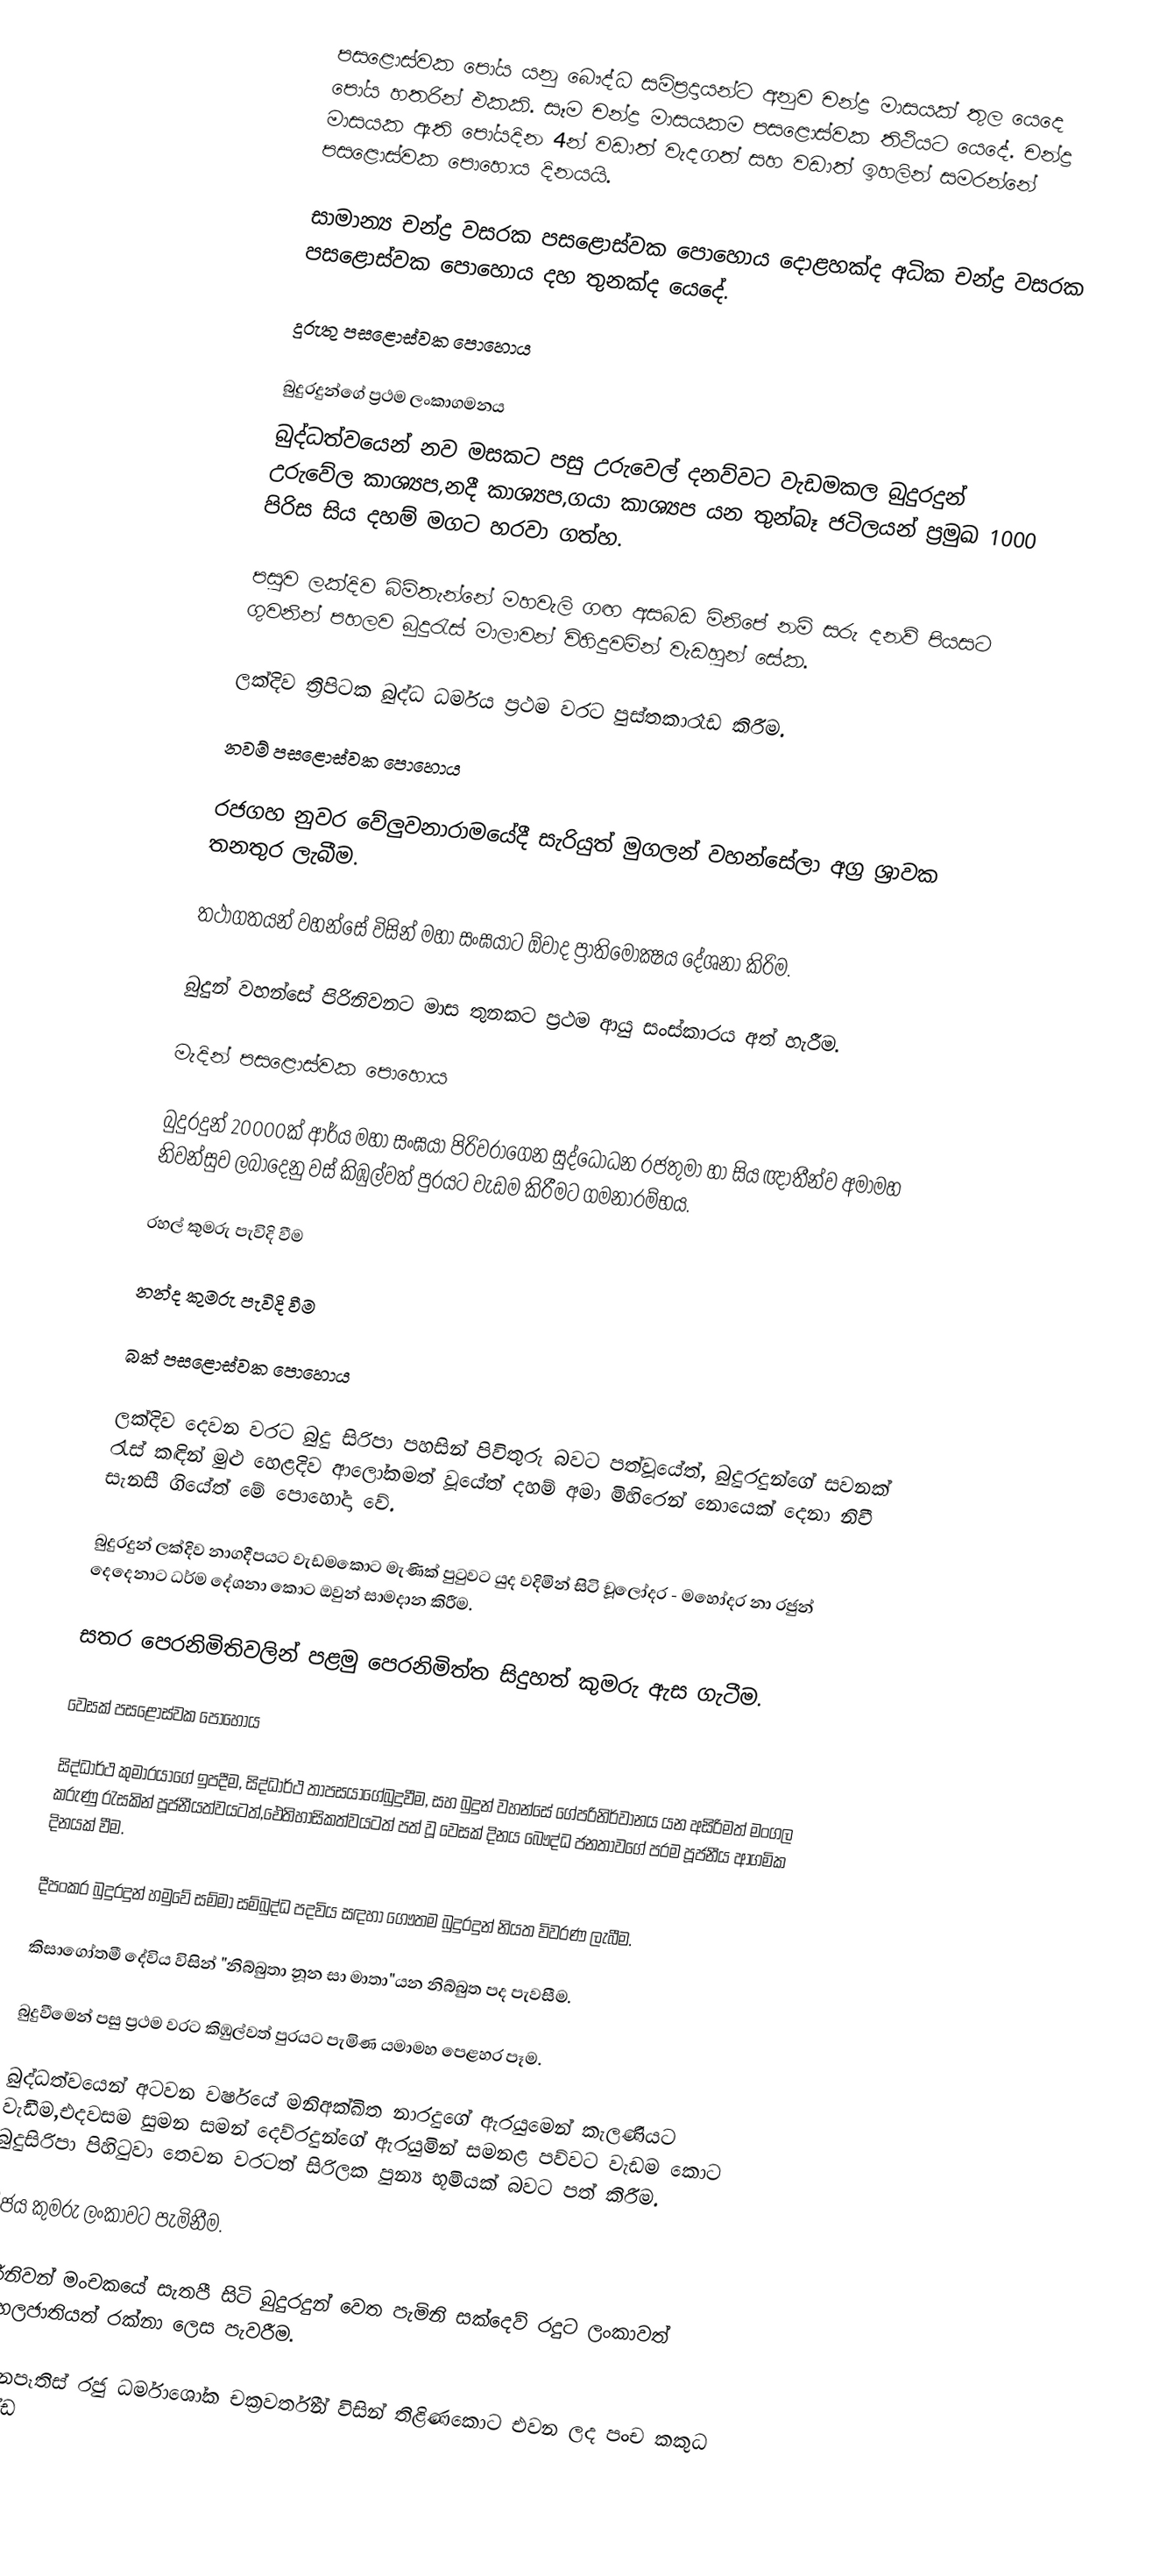
පසළොස්වක පෝය යනු බෞද්ධ සමිප්‍රදායන්ට අනුව චන්ද්‍ර මාසයක් තුල යෙදෙ පෝය හතරින් එකකි. සෑම චන්ද්‍ර මාසයකම පසළොස්වක තිථියට යෙදේ. චන්ද්‍ර මාසයක ඇති පෝයදින 4න් වඩාත් වැදගත් සහ වඩාත් ඉහලින් සමරන්නේ පසළොස්වක පොහොය දිනයයි.

සාමාන්‍ය චන්ද්‍ර වසරක පසළොස්වක පොහොය දොළහක්ද අධික චන්ද්‍ර වසරක පසළොස්වක පොහොය දහ තුනක්ද යෙදේ.

දුරුතු පසළොස්වක පොහොය

බුදුරදුන්ගේ ප්‍රථම ලංකාගමනය
බුද්ධත්වයෙන් නව මසකට පසු උරුවෙල් දනව්වට වැඩමකල බුදුරදුන් උරුවේල කාශ්‍යප,නදී කාශ්‍යප,ගයා කාශ්‍යප යන තුන්බෑ ජටිලයන් ප්‍රමුඛ 1000 පිරිස සිය දහම් මගට හරවා ගත්හ.

පසුව ලක්දිව බිම්තැන්නේ මහවැලි ගඟ අසබඩ මිනිපේ නම් සරු දනව් පියසට ගුවනින් පහලව බුදුරැස් මාලාවන් විහිදුවමින්                  වැඩහුන්  සේක.

ලක්දිව ත්‍රිපිටක බුද්ධ ධර්මය ප්‍රථම වරට පුස්තකාරෑඩ කිරීම.

නවම් පසළොස්වක පොහොය

රජගහ නුවර වේලුවනාරාමයේදී සැරියුත් මුගලන් වහන්සේලා අග්‍ර ශ්‍රාවක තනතුර ලැබීම.

තථාගතයන් වහන්සේ විසින් මහා සංඝයාට ඕවාද ප්‍රාතිමෝක්‍ෂය දේශනා කිරිම.

බුදුන් වහන්සේ පිරිනිවනට මාස තුනකට ප්‍රථම ආයු සංස්කාරය අත් හැරීම.

මැදින් පසළොස්වක පොහොය

බුදුරදුන් 20000ක් ආර්ය මහා සංඝයා පිරිවරාගෙන සුද්ධෝධන රජතුමා හා සිය ඥාතීන්ව අමාමහ නිවන්සුව ලබාදෙනු වස් කිඹුල්වත් පුරයට වැඩම කිරීමට ගමනාරම්භය.

රහල් කුමරු පැවිදි වීම

නන්ද කුමරු පැවිදි වීම

බක් පසළොස්වක පොහොය

ලක්දිව දෙවන වරට බුදු සිරිපා පහසින් පිවිතුරු බවට පත්වූයේත්, බුදුරදුන්ගේ සවනක් රැස් කඳින් මුළු හෙළදිව ආලෝකමත් වූයේත් දහම් අමා මිහිරෙන් නොයෙක් දෙනා නිවී සැනසී ගියේත් මේ පොහෝදා වේ.

බුදුරදුන් ලක්දිව නාගදීපයට වැඩමකොට මැණික් පුටුවට යුද වදිමින් සිටි චූ⁣ලෝදර - මහෝදර නා රජුන් දෙදෙනාට ධර්ම දේශනා කොට ඔවුන් සාමදාන කිරීම.

සතර පෙරනිමිතිවලින් පළමු පෙරනිමිත්ත සිදුහත් කුමරු ඇස ගැටීම.

වෙසක් පසළොස්වක පොහොය

 සිද්ධාර්ථ කුමාරයාගේ ඉපදීම, සිද්ධාර්ථ තාපසයාගේබුදුවීම, සහ බුදුන් වහන්සේ ගේපරිනිර්වානය යන අසිරිමත් මංගල කරුණු රැසකින් පූජනීයත්වයටත්,ඓතිහාසිකත්වයටත් පත් වූ වෙසක් දිනය බෞද්ධ ජනතාවගේ පරම පූජනීය ආගමික දිනයක් වීම.

දීපංකර බුදුරදුන් හමුවේ සම්මා සම්බුද්ධ පදවිය සඳහා ගෞතම බුදුරදුන් නියත විවරණ ලැබීම.

කිසාගෝතමී දේවිය විසින් "නිබ්බුතා නූන සා මාතා"යන නිබ්බුත පද පැවසීම.

බුදුවීමෙන් පසු ප්‍රථම වරට කිඹුල්වත් පුරයට පැමිණ යමාමහ පෙළහර පෑම.

බුද්ධත්වයෙන් අටවන වර්ෂයේ මනිඅක්ඛිත නාරදුගේ ඇරයුමෙන් කැලණියට වැඩීම,එදවසම සුමන සමන් දෙව්රදුන්ගේ ඇරයුමින් සමනළ පව්වට වැඩම කොට බුදුසිරිපා පිහිටුවා තෙවන වරටත් සිරිලක පුන්‍ය භූමියක් බවට පත් කිරීම.

විජය කුමරු ලංකාවට පැමිනීම.

පිරිනිවන් මංචකයේ සැතපී සිටි බුදුරදුන් වෙත පැමිනි සක්දෙව් රදුට  ලංකාවත් සිංහලජාතියත් රක්නා ලෙස පැවරීම.

දෙවනපෑතිස් රජු ධර්මාශෝක චක්‍රවර්තීන් විසින් තිළිණකොට එවන ලද පංච කකුධ භාණ්ඩ